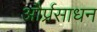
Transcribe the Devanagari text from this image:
और्प्रसाधन